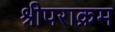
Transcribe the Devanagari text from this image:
श्रीपराक्रम